Report on vaccination in the Province of Bengal - 1874-1889
Year: 1874
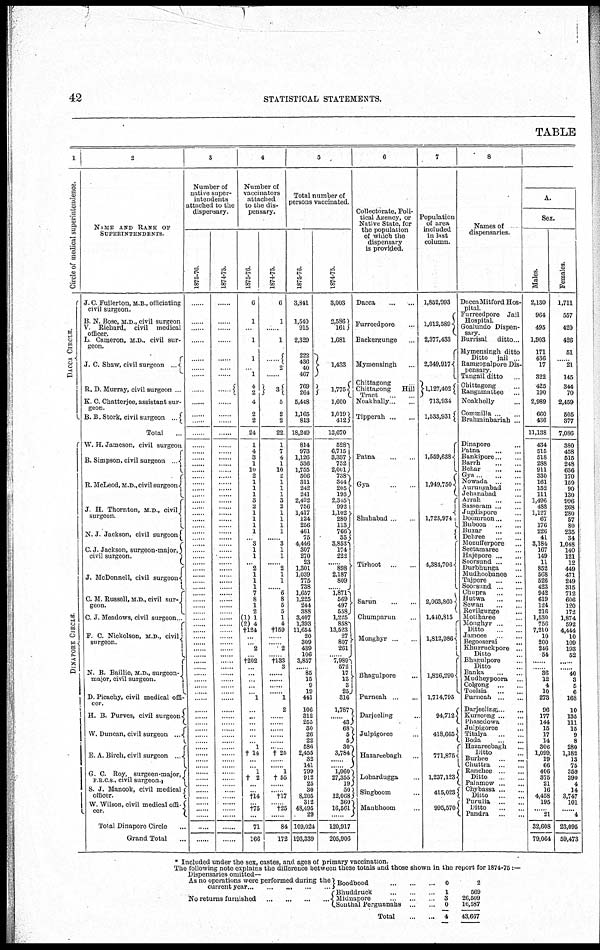
42
STATISTICAL STATEMENTS.
TABLE
1
Circle of medical superintendence.
DACCA CIRCLE.
DINAPORE CIRCLE.
2
NAME AND RANK OF
SUPERINTENDENTS
J. C Fullerton, M B , officiating
civil surgeon.
B. N. Bose, M.D , civil surgeon
V. Richard,
civil
medical
officer.
L Cameron, M.D., civil sur-
geon.
J. C. Shaw, civil surgeon
...
R. D. Murray, civil surgeon .
E. C. Chatterjee, assistant sur-
geon.
B. B. Stork, civil
surgeon.
Total
W. H. Jameson, civil surgeon
B. Simpson, civil surgeon
R. McLeod, M.D., civil surgeon
J H. Thornton, M.D., civil
surgeon.
N. J Jackson, civil surgeon
C J Jackson, surgeon-major,
civil surgeon.
J. McDonnell, civil surgeon
C. M. Russell, M.D., civil sur¬
geon.
C. J. Meadows, civil surgeon..
F. C. Nickolson, M.D., civil
surgeon.
N B. Barlhe, M.D., surgeon¬
major, civil surgeon.
D Picachy, civil medical offi-
cer.
H. B Purves, civil surgeon
W. Duncan, civil surgeon
...
E. A. Birch, civil surgeon ...
G. C. Roy, surgeen-major,
F. R.C.S., civil surgeon.
S. J. Manook, civil medical
officer.
W. Wilson, civil medical offi¬
cer.
Total Dinapore Circle ...
Grand Total ...
3
Number of
native super-
intendents
attached to the
dispensary.
1875-76.
......
......
......
......
......
......
......
......
......
......
......
......
......
......
......
......
......
......
......
......
......
......
......
...... ......
......
......
......
......
......
......
......
......
......
......
......
......
......
......
......
......
......
......
......
......
......
......
......
......
......
......
......
......
......
......
......
......
......
......
......
......
......
......
......
......
......
......
......
......
......
......
......
......
......
1874-75.
......
......
......
......
......
......
......
......
......
......
......
......
......
......
......
......
......
.......
......
......
......
......
......
.
......
......
......
......
......
......
......
......
......
......
......
......
......
......
......
......
......
......
......
......
......
......
......
......
......
......
......
......
......
......
......
......
......
......
......
......
......
......
......
......
......
......
......
......
......
......
......
......
......
......
4
Number of
vaccinators
attached
to the dis-
pensary.
1875-76.
6
1
......
1
1
......
1
4
2
4
2
2
24
1
4
3
1
10
2
1
1
1
3
2
1
1
1
1
......
3
1
1
... 2
1
1
1
7
8
1
2
(1) 1
(2) 4
†l24
......
......
2
......
†202
......
......
......
......
......
1
......
......
......
......
......
......
1
†14
......
......
1
†2
......
......
†l4
......
†75
......
71
166
1874-75.
6
1
......
1
......
2
...
3
5
2
2
22
1
7
4
1
10
2
1
1
1
3
2
1
1
1
1
......
3
1
1
......
2
1
1
......
6
8
6
5
1
4
†l59
......
...... 2
......
†l83
3
......
......
......
...... 1
2
......
......
......
......
......
......
†25
......
......
1
†55
......
......
†l7
......
†25
......
84
172
5
Total number of
persons vaccinated.
1875-76.
3,841
1,540
915
2,329
222
436
40
467
769
264
5,448
1,165
813
18,249
814
973
1,126
536
1,755
506
311
242
241
2,492
756
1,417
124
256
461
75
4,446
307
270
23
1,301
1,039
775
738
1,657
1,225
244
388
3,407
1,393
11,654
20
309
439
106
3,857
......
85
15
9
19
441
106
312
255
30
26
22
586
2,455
32
141
799
912
25
30
8,205
312
48,495
29
109,024
193,339
1874-75.
3,003
2,586
161
1,681
1,433
1,775
1,600
1,019
4125
13,670
528
6,715
3,337
752
2,001
738
344
205
195
2,3451
992
1,102
280
113
766
35
3,853
174
222
......
898
2,187
809
...... 1,871
569
497
558
1,225
858
13,523
27
807
261
... 7,9891
572 17
13
3
25
316
1,7871
43
68
5 5
30
3,784
......
......
1,0601
27,355
19
50
12,068
360
16,561
...
120,917
205,906
6
Collectorate. Poli-
tical Agency, or
Native State, for
the population
of which the
dispensary
is provided.
Dacca
...
...
Furreedpore ...
Backergunge ...
Mymensingh ...
Chittagong
Chittagong
Hill
Tract
...
...
Noakholly ... ...
Tipperah
...
...
Patna ... ...
Gya
Shuhabad
Tirhoot
...
Sarun
...
...
Chumparun ...
Monghyr ...
Bhagulpore ...
Purneah. ...
Darjeeling ...
Julpigoree ...
Hazareebagh ...
Lobardugga ...
Singboom ...
Maubhoom ...
7
Population
of area
included
in last
column.
1,852,993
1,012,589
2,377,433
2,349,917
1,127,402
713,934
1,533,931
1,559,638
1,949,750
1,723,974
4,384,706
2,063,860
1,410,815
1,812,986
1,826,290
1,714,795
94,712
418,665
771,875
1,237,123
415,023
995,570
8
Names of
dispensaries.
DaccaMitford Hos-
pital.
Furreedpore
Jail
Hospital.
Goalundo Dispen-
sary
Burrisal
ditto.
Mymensingh ditto
Ditto
jail
Ramgopalpore Dis¬
pensary
Tangail ditto ...
Chittahong ...
Rangamattee ...
Noakholly ...
Commilla ...
Brahminbariah ...
Dinapore ... ...
Patna
...
...
Bankrpore... ...
Barrh
...
...
Behar
...
...
Gya
...
...
Nowada ... ...
Aurungabad ...
Jehanabad ...
Airah ... ...
Sasseram ... ...
Jugdispore ... ...
Doomraon ... ...
Bubooa
...
...
Buxar
...
...
Dehree ... ...
Mozufferpore ... ...
Seetamaree ... ...
Hajepore
...
...
Soorsund ... ...
Durbhunga ...
Mudhoobanee ... ...
Tajpore ... ...
Soorsund
...
...
Chupra ... ...
Hutwa
...
...
Sewan
...
...
Revilgunge ... ...
Motiharee ... ...
Monghyr
...
...
Ditto ... ...
Jamoee ... ...
Begooserai ...
Khurruckpore ...
Ditto ...
Bhagulpore ...
Ditto ...
Banka
...
...
Mudheypoora
...
Colgong
...
...
Toolsia
...
...
Purneah ... ...
Darjeeling ... ...
Kurseong
...
...
Phasedowa ... ...
Julpigoree ... ...
Titalya ... ...
Boda
...
...
Hazareebagh ... ...
Ditto ... ...
Burhee
...
...
Chuttra ... ...
Ranchee
Ditto ... ...
Palamow
...
...
Chybassa
...
...
Ditto
...
...
Purulia
...
...
Ditto ... ...
Pandra
...
...
A.
Sex.
Males.
2,130
964
495
1,903
171
436
17
322
425
190
2,989
660
436
11,138
434
515
518
288
911
330
161
152
111
1,496
488
1,127
67
176
226
41
3,184
167
149
11
852
568
526
423
942
619
124
216
1,530
756
7,210
10
200
246
54
......
......
36
12
4
10
273
96
177
144
15
17
14
306
1,099
19
66
406
375
21
16
4,458
195
... 21
32,608
79,064
Females.
1,711
557
420
426
51
......
21
145
344
70
2,459
505
377
7,086
380
458
515
248
636
170
150
90
130
996
268
280
57
80
235
34
1,048
140
121
12
449
471
249
315
712
606
120
172
1,874
592
4,444
10
109
193
52
......
......
40
3
5
6
168
10
185
111
15
9
8
280
1,182
13
75
359
390
4
14
3,747
101
...
4
23,095
59,473
* Included under the sex, castes, and ages of primary vaccination.
The following note explains the difference between these totals and those shown in the report for 1874-75 :—
Dispensaries omitted—
As no operations were performed during the
current year ... ... ... ... ...
No returns furnished
...
...
...
...
...
Boodbood
...
...
...
Bhuddruck
...
...
...
Midnapore ... ... ...
Sonthal Pergunnahs
... ...
Total ... ...
0
1
3
0
4
2
569
26,509
16,587
43,667